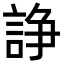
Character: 諍